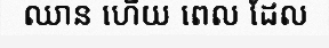
ឈាន ហើយ ពេល ដែល